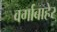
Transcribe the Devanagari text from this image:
वर्गाबाहेर